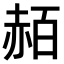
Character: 𧹡